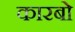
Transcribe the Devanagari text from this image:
कारबो